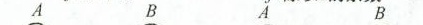
A B A B